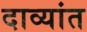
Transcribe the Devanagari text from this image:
दाव्यांत